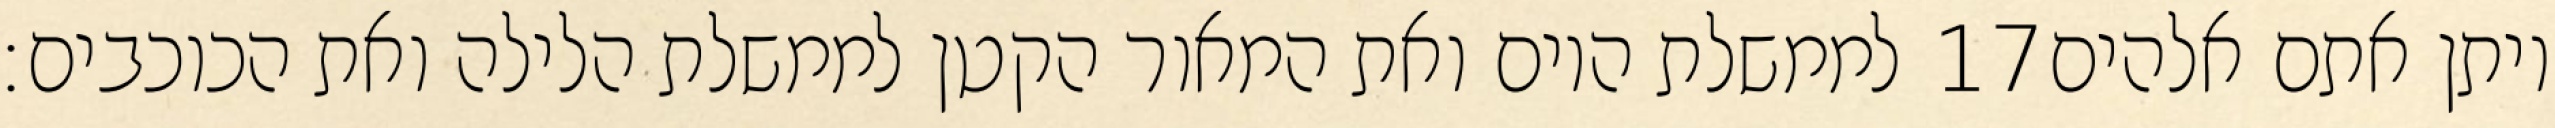
לממשלת היום ואת המאור הקטן לממשלת הלילה ואת הכוכבים׃ ‎17‏ ויתן אתם אלהים